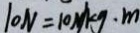
1 0 N = 1 0 N / k g \cdot m